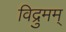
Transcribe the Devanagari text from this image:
विद्रुमम्